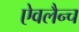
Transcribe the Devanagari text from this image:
ऐवलैन्च